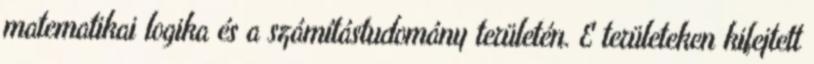
matematikai logika és a számítástudomány területén. E területeken kifejtett